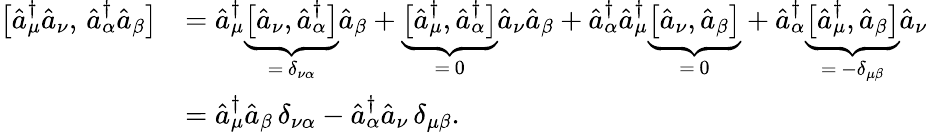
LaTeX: \begin{array}{rl}{\bigl[\hat{a}_{\mu}^{\dagger}\hat{a}_{\nu},\, \hat{a}_{\alpha}^{\dagger}\hat{a}_{\beta}\bigr]}&{=\hat{a}_{\mu}^{\dagger}\underbrace{\bigl[\hat{a}_{\nu},\hat{a}_{\alpha}^{\dagger}\bigr]}_{=\, \delta_{\nu\alpha}}\hat{a}_{\beta}+\underbrace{\bigl[\hat{a}_{\mu}^{\dagger},\hat{a}_{\alpha}^{\dagger}\bigr]}_{=\, 0}\hat{a}_{\nu}\hat{a}_{\beta}+\hat{a}_{\alpha}^{\dagger}\hat{a}_{\mu}^{\dagger}\underbrace{\bigl[\hat{a}_{\nu},\hat{a}_{\beta}\bigr]}_{=\, 0}+\hat{a}_{\alpha}^{\dagger}\underbrace{\bigl[\hat{a}_{\mu}^{\dagger},\hat{a}_{\beta}\bigr]}_{=\, -\delta_{\mu\beta}}\hat{a}_{\nu}}\\ &{=\hat{a}_{\mu}^{\dagger}\hat{a}_{\beta}\, \delta_{\nu\alpha}-\hat{a}_{\alpha}^{\dagger}\hat{a}_{\nu}\, \delta_{\mu\beta}.}\end{array}